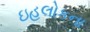
ઇહલોકના